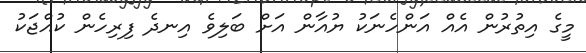
މީގެ އިތުރުން އެއް އަންހެނަކު ޔުއާން އަށް ބަލިވެ އިނދެ ފިރިހެން ކުއްޖަކު